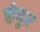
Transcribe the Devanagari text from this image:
इंदुर